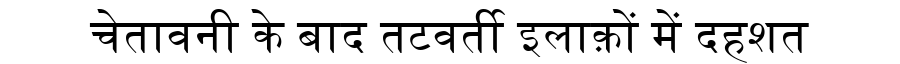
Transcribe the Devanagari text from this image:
चेतावनी के बाद तटवर्ती इलाक़ों में दहशत